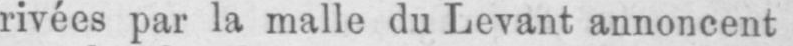
rivées par la malle du Levant annoncent